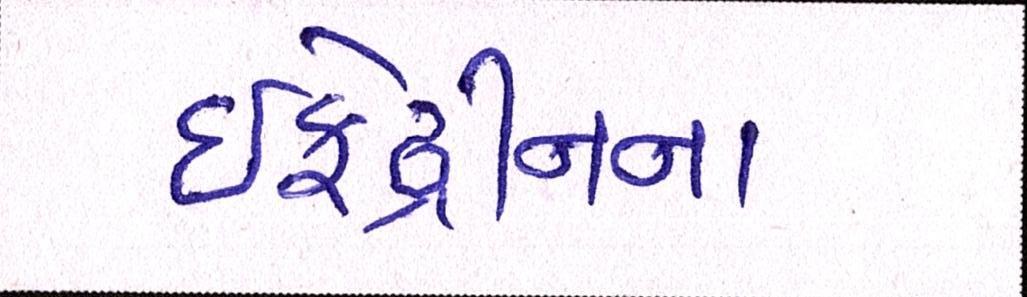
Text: ઇફેડ્રીનના